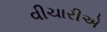
વીચારીએ